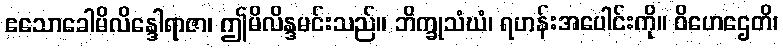
ဧသောခေါမိလိန္ဒေါရာဇာ၊ ဤမိလိန္ဒမင်းသည်။ ဘိက္ခုသံဃံ၊ ရဟန်းအပေါင်းကို။ ဝိဟေဌေတိ၊